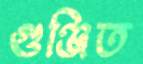
গুঞ্জিত